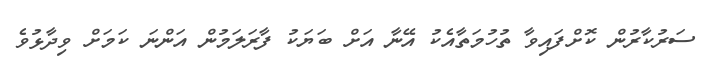
ސަރުކާރުން ކޮށްފައިވާ ތުހުމަތާއެކު އޭނާ އަށް ބަޔަކު ފާރަލަމުން އަންނަ ކަމަށް ވިދާޅުވެ